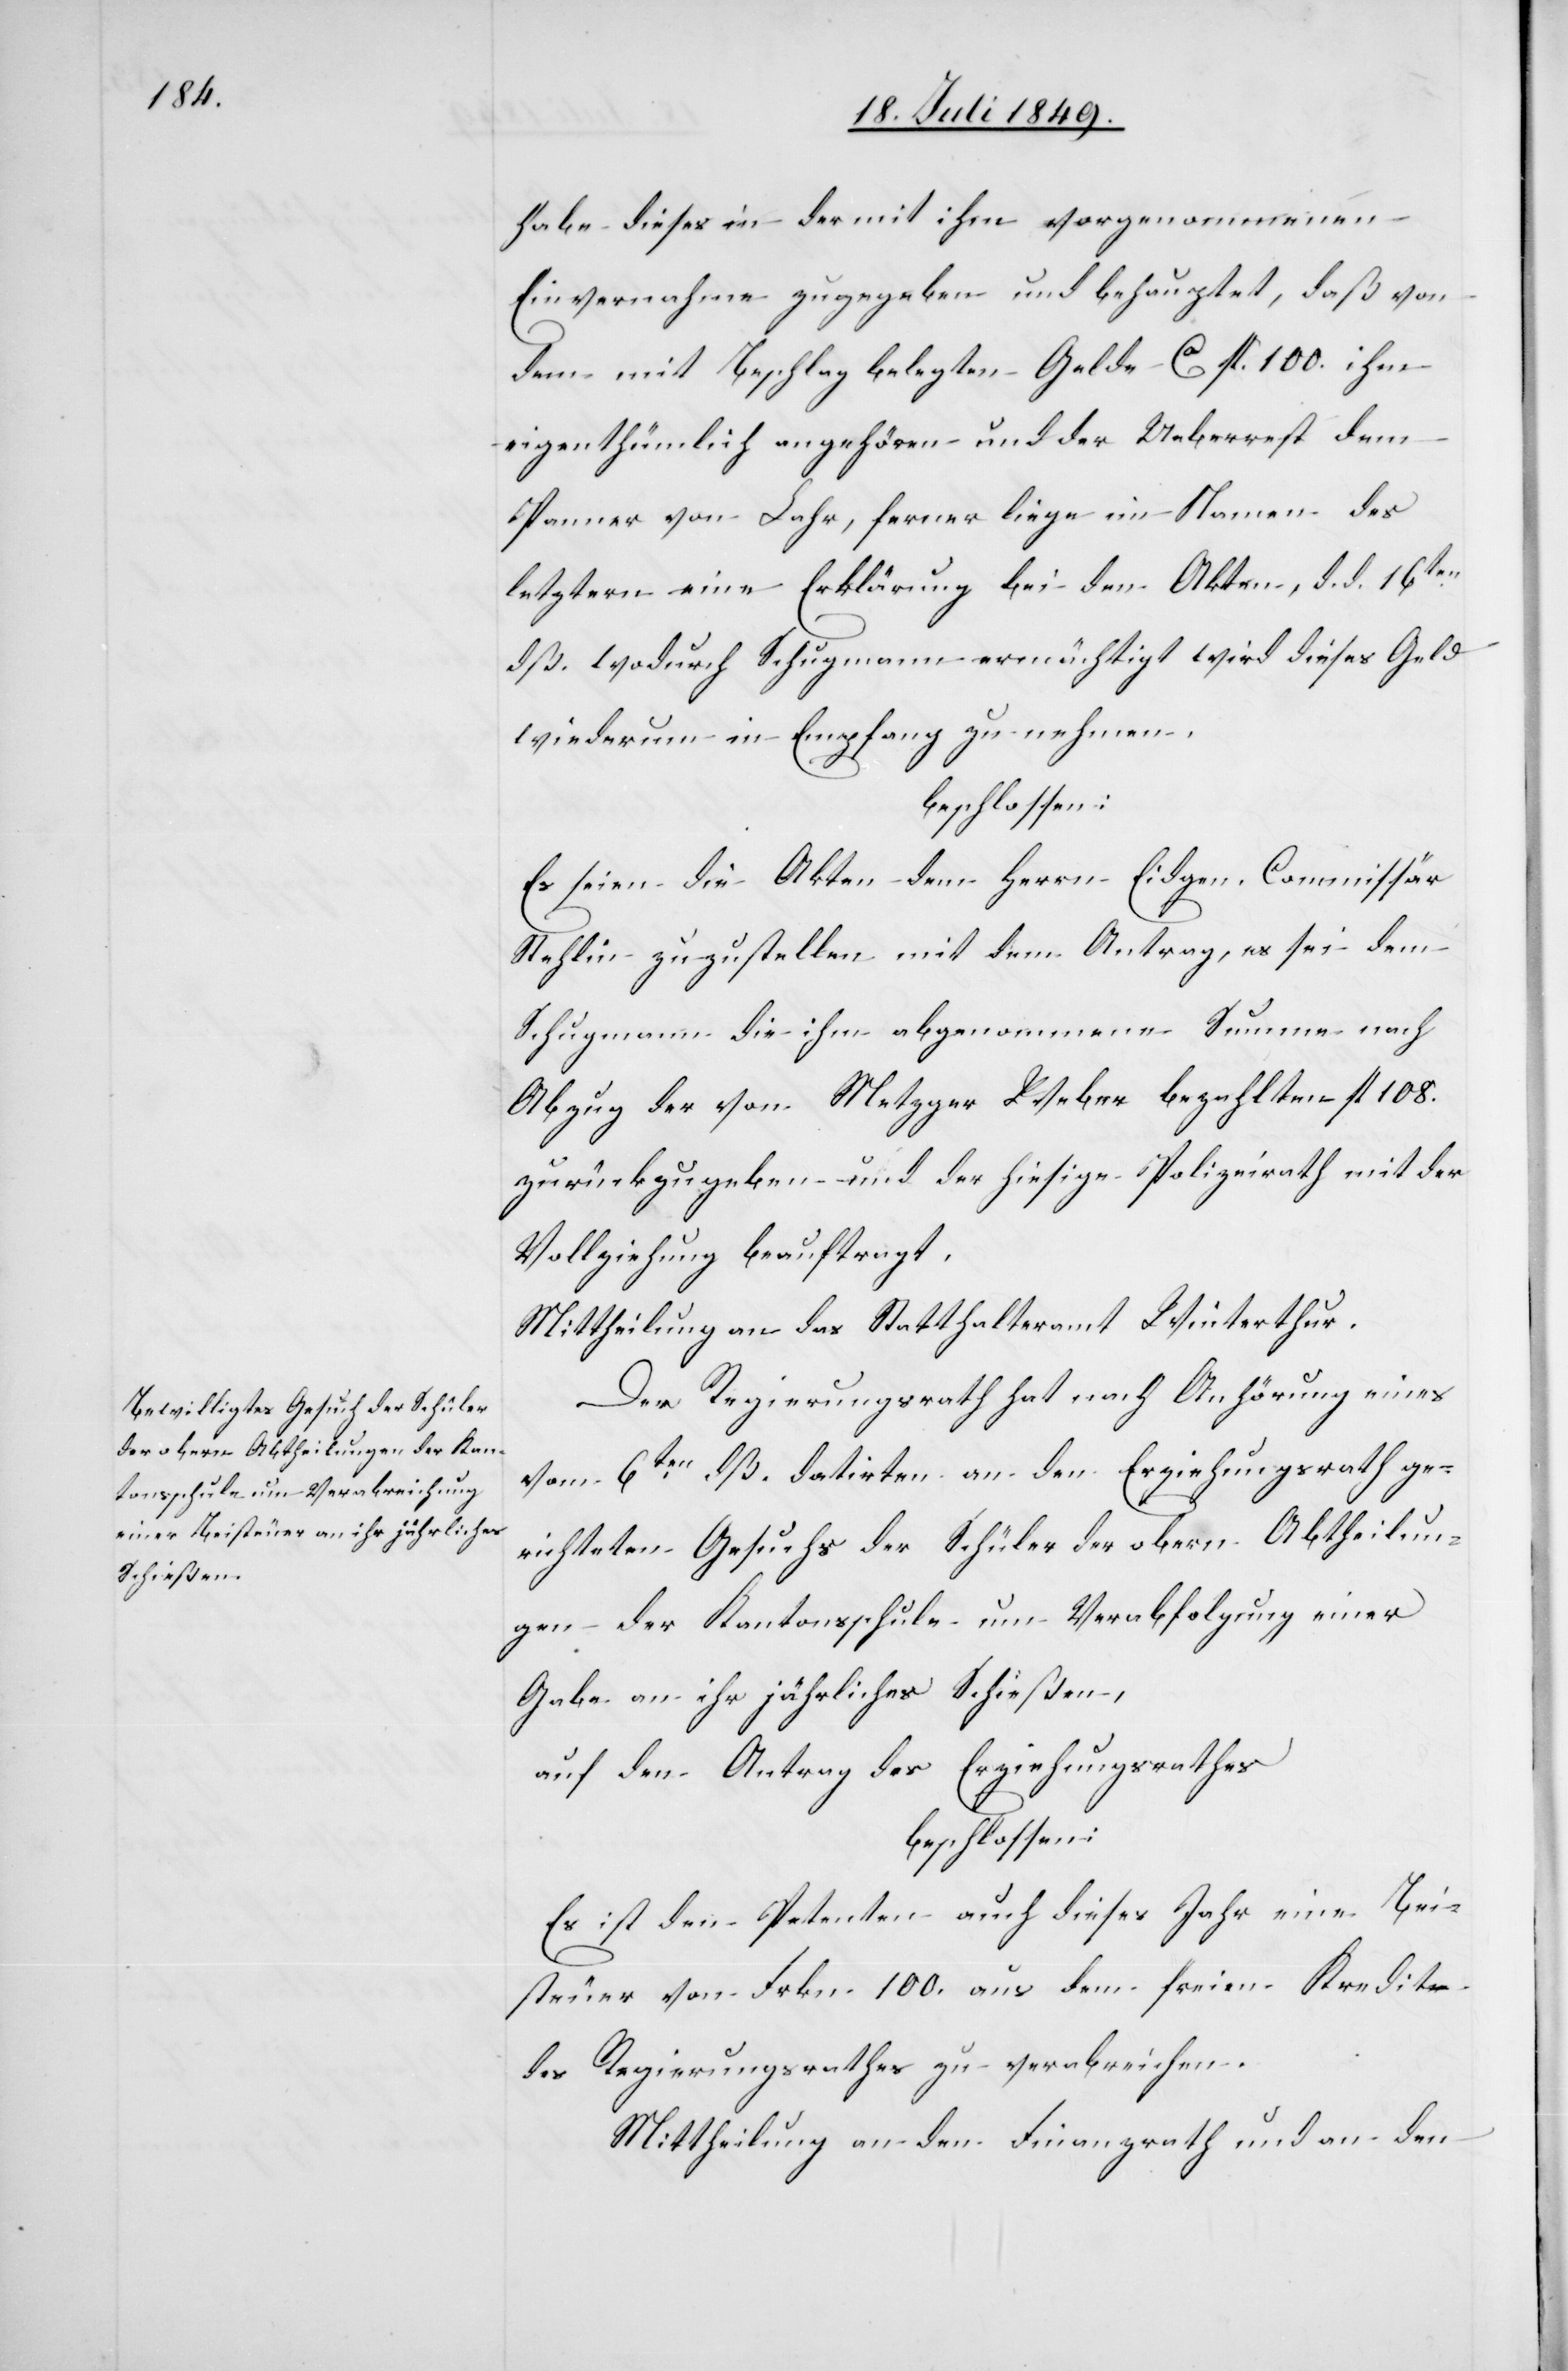
habe dieses in der mit ihm vorgenommenen
Einvernahme zugegeben und behauptet, daß von
dem mit Beschlag belegten Gelde ca fl. 100. ihm
eigenthümlich angehören und der Ueberrest dem
Spanner von Lahr, ferner liege im Namen des
letztern eine Erklärung bei den Akten, d. d. 16ten
dß. wodurch Schupmann ermächtigt wird dieses Geld
wiederum in Empfang zu nehmen.
beschlossen:
Es seien die Akten dem Herrn Eidgen. Commissär
Stehlin zuzustellen mit dem Antrag, es sei dem
Schupmann die ihm abgenommene Summe nach
Abzug der von Metzger Weber bezahlten fl. 108.
zurückzugeben und der hiesige Polizeirath mit der
Vollziehung beauftragt.
Mittheilung an das Statthalteramt Winterthur.
Der Regierungsrath hat nach Anhörung eines
vom 6ten dß. datirten an den Erziehungsrath ge¬
richteten Gesuchs der Schüler der obern Abtheilun¬
gen der Kantonsschule um Verabfolgung einer
Gabe an ihr jährliches Schießen,
auf den Antrag des Erziehungsrathes
beschlossen:
Es ist den Petenten auch dieses Jahr eine Bei¬
steuer von Frkn. 100. aus dem freien Kredite
des Regierungsrathes zu verabreichen.
Mittheilung an den Finanzrath und an den